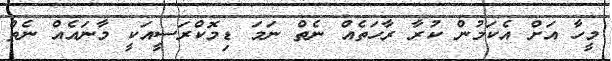
މީހާ އަށް އެކަމުން ކުރާ ރާހަތެއް ނެތް ނަމަ ޑިމޮކްރަސީއަކީ މާނައެއް ނެތް